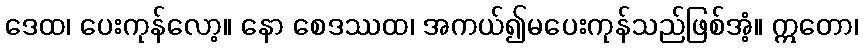
ဒေထ၊ ပေးကုန်လော့။ နော စေဒဿထ၊ အကယ်၍မပေးကုန်သည်ဖြစ်အံ့။ ဣတော၊